Civil Veterinary Department. Central Provinces & Berar 1925-31 - 1925-1931
Year: 1925
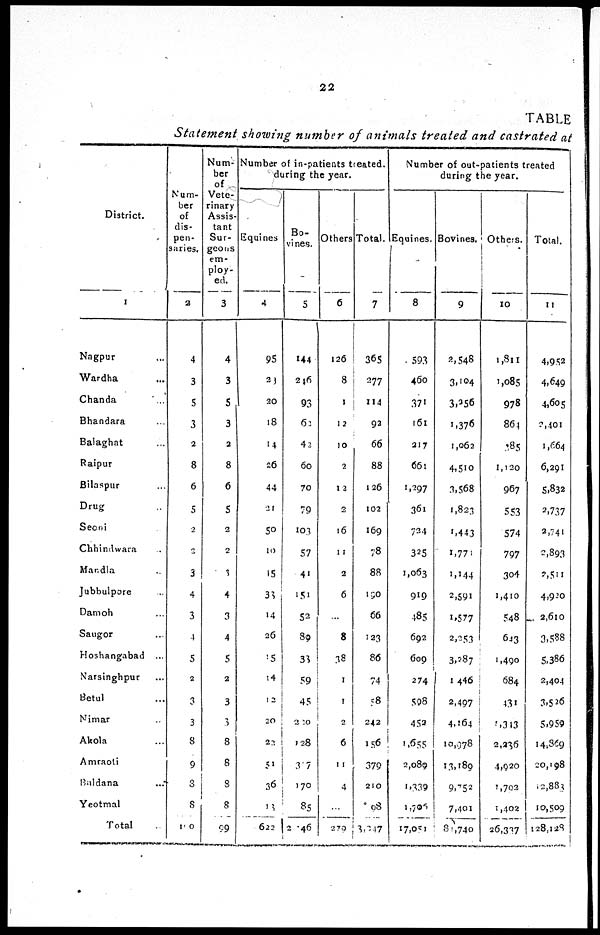
22
TABLE
Statement showing number of animals treated and castrated at
District.
1
Nagpur ...
Wardha ...
Chanda ...
Bhandara ...
Balaghat ...
Raipur
Bilaspur ...
Drug ..
Seoni
Chhindwara ..
Mandla ..
Jubbulpore ..
Damoh ...
Saugor ...
Hoshangabad ...
Narsinghpur ...
Betul ...
Nimar ...
Akola ...
Amraoti ...
Baldana ...
Yeotmal
Total ..
Num-
ber
of
dis-
pen-
saries.
2
4
3
5
3
2
8
6
5
2
2
3
4
3
4
5
2
3
3
8
9
3
8
110
Num-
ber
of
Vete-
rinary
Assis-
tant
Sur-
geons
em-
ploy-
ed.
3
4
3
5
3
2
8
6
5
2
2
3
4
3
A
5
2
3
3
8
8
8
8
99
Number of in-patients treated.
during the year.
Equines
4
95
23
20
18
14
26
44
21
50
10
15
33
14
26
15
14
12
20
22
51
36
13
622
Bo-
vines.
5
144
246
93
62
42
60
70
79
103
57
41
151
52
89
33
59
45
220
128
317
170
85
2 46
Others
6
126
8
1
1 2
10
2
12
2
16
11
2
6
...
8
38
1
1
2
6
11
4
...
279
Total.
7
365
277
114
92
66
88
126
102
169
78
88
190
66
123
86
74
58
242
156
379
210
98
3,247
Number of out-patients treated
during the year.
Equines.
8
593
460
371
161
217
661
1,297
361
724
325
1,063
919
485
692
609
274
598
452
1,655
2,089
1,339
1,705
17,051
Bovines.
9
2,548
3,104
3,256
1,376
1,062
4,510
3.568
1,823
1,443
1,771
1,144
2,591
1,577
2,253
3,287
1 446
2,497
4,264
10,078
13,189
9,752
7,401
81,740
Others.
10
1,811
1,085
978
864
285
1,120
967
553
574
797
304
1,410
548
643
1,490
684
431
5,343
2.236
4,920
1,702
1,402
26,337
Total.
11
4,952
4,649
4,605
2,401
1,664
6,291
5,832
2,737
2,741
2,893
2,511
4,920
2,610
3,588
5,386
2,404
3,526
5,959
14,369
20,198
12,883
10,509
128,128